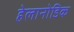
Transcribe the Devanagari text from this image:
हेलानोडिक